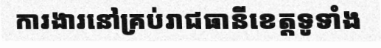
ការងារនៅគ្រប់រាជធានីខេត្តទូទាំង